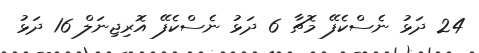
24 ދަޅު ނެސްކެފޭ މޮޗާ 6 ދަޅު ނެސްކެފޭ އޮރިޖިނަލް 16 ދަޅު